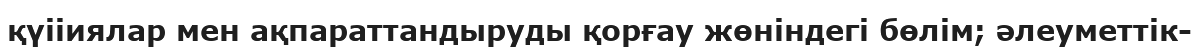
қүііиялар мен ақпараттандыруды қорғау жөніндегі бөлім; әлеуметтік-